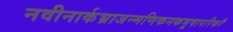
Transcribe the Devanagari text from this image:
नवीनार्कभ्राजन्मणिकनकभूषापरिकरै